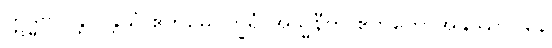
ဣဒ္ဓိဗလန္တိ ပန္တိယံ ဧကမေဝက္ခရံ အသ္မနီတိ ဧကတောအနုဿာဝနေ